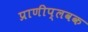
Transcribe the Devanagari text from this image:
प्राणीप्लवक